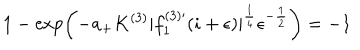
1 - \exp \left( - a _ { + } K ^ { ( 3 ) } | f _ { 1 } ^ { ( 3 ) \prime } ( i + \epsilon ) | ^ { \frac { 1 } { 4 } } \epsilon ^ { - \frac { 1 } { 2 } } \right) = - 1